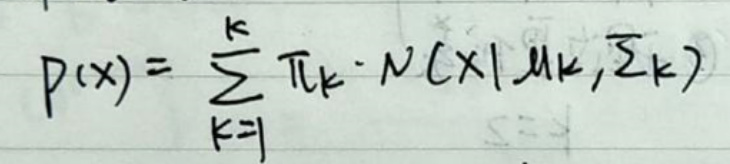
\[P(x)=\sum_{k = 1}^{K}\frac{1}{T k}\cdot N(x|\mu_k,\Sigma_k)\]